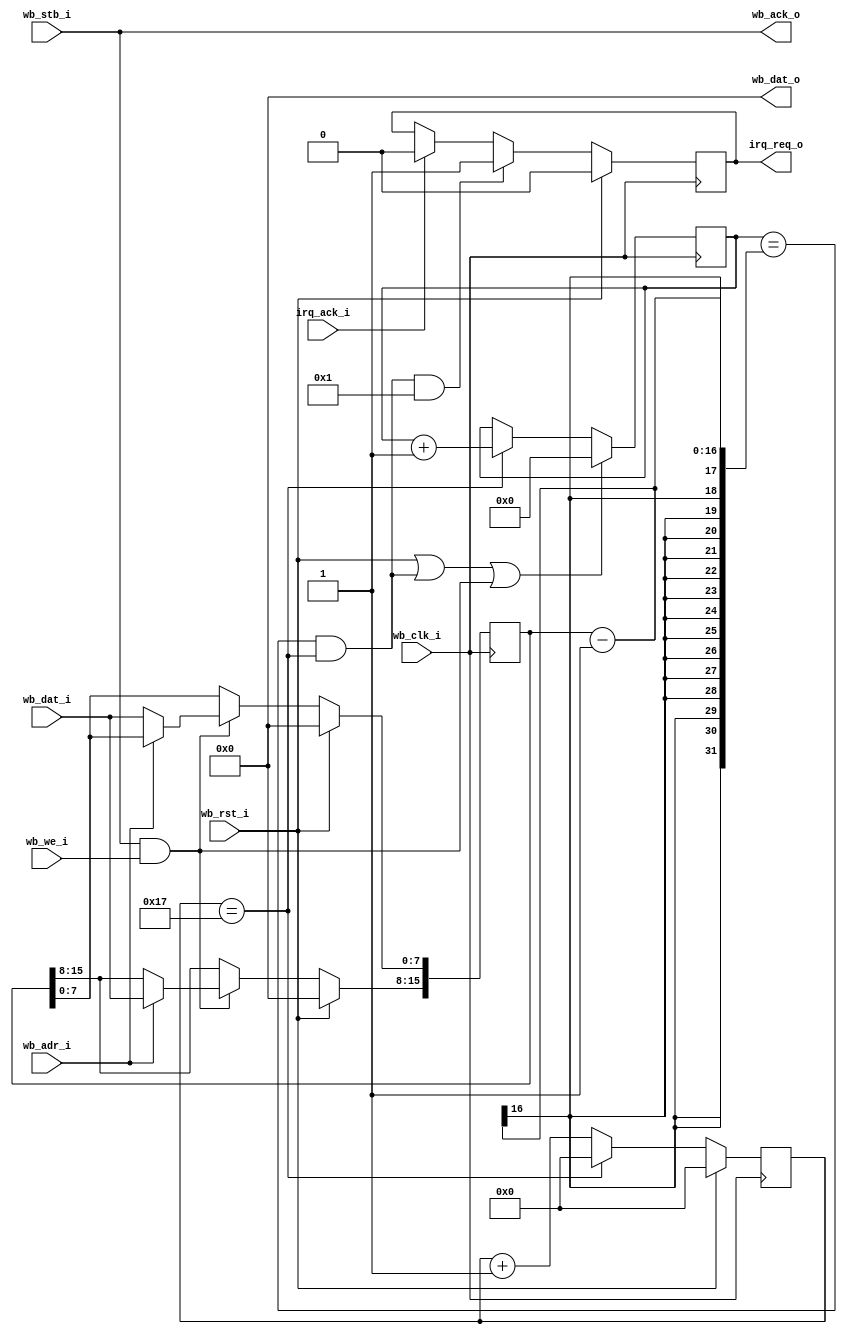
module TM16bits
  #(
    parameter CNT_PRESC=24,
    parameter ENA_TMR=1
   )
   (
    // WISHBONE signals
    input        wb_clk_i,  // Clock
    input        wb_rst_i,  // Reset input
    input  [0:0] wb_adr_i,  // Adress bus
    output [7:0] wb_dat_o,  // DataOut Bus
    input  [7:0] wb_dat_i,  // DataIn Bus
    input        wb_we_i,   // Write Enable
    input        wb_stb_i,  // Strobe
    output       wb_ack_o,  // Acknowledge
    // Interface
    output reg   irq_req_o,
    input        irq_ack_i
   );

localparam integer CNT_BITS=$clog2(CNT_PRESC);

// Timer counter
reg  [15:0] cnt_r=0;
// Divider value
reg  [15:0] div_r=0;
wire tc; // Terminal count
// Microseconds source
wire ena_cnt;
reg  [CNT_BITS-1:0] pre_cnt_r;

// Microseconds time source
always @(posedge wb_clk_i)
begin : tmr_source
  if (wb_rst_i)
     pre_cnt_r <= 0;
  else
     begin
     pre_cnt_r <= pre_cnt_r+1;
     if (pre_cnt_r==CNT_PRESC-1)
        pre_cnt_r <= 0;
     end
end // tmr_source;
assign ena_cnt=pre_cnt_r==CNT_PRESC-1;

// 16 bits counter
always @(posedge wb_clk_i)
begin : do_count
  if (wb_rst_i || tc || (wb_stb_i && wb_we_i))
     cnt_r <= 0;
  else
     if (ena_cnt)
        cnt_r <= cnt_r+1;
end // do_count
assign tc=cnt_r==div_r-1 && ena_cnt;

// Interrupt logic
always @(posedge wb_clk_i)
begin : do_flag
  if (wb_rst_i)
     irq_req_o <= 0;
  else if (tc && ENA_TMR)
     irq_req_o <= 1;
  else if (irq_ack_i)
     irq_req_o <= 0;
end // do_flag

////////////////////////////////////////////////////////////////////////////
// WISHBONE read
////////////////////////////////////////////////////////////////////////////
assign wb_dat_o=0;
assign wb_ack_o=wb_stb_i;

////////////////////////////////////////////////////////////////////////////
// WISHBONE write
////////////////////////////////////////////////////////////////////////////
always @(posedge wb_clk_i)
begin : do_write_div
  if (wb_rst_i)
     div_r <= 0;
  else if (wb_stb_i && wb_we_i)
     begin
     if (wb_adr_i)
        div_r[15:8] <= wb_dat_i;
     else
        div_r[7:0]  <= wb_dat_i;
     end
end // do_write_div

endmodule